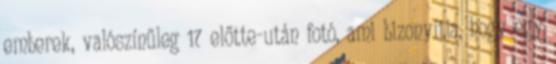
emberek, valószínűleg 17 előtte-után fotó, ami bizonyítja, hogy egy